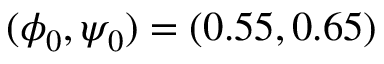
( \phi _ { 0 } , \psi _ { 0 } ) = ( 0 . 5 5 , 0 . 6 5 )